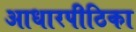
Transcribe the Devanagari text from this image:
आधारपीठिका